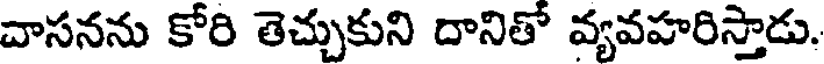
చాసనను కోరి తెచ్చుకుని దానితో వ్యవహరిస్తాడు.